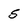
Character: 5